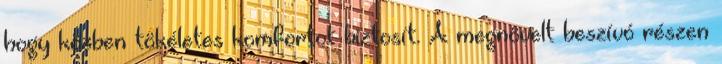
hogy közben tökéletes komfortot biztosít. A megnövelt beszívó részen